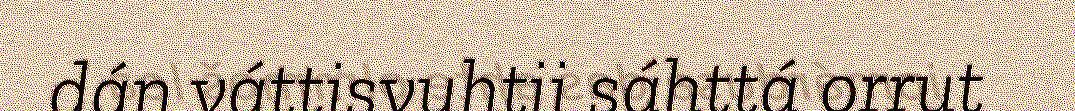
dán váttisvuhtii sáhttá orrut